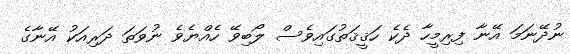
ނުދޭނަމަ އޭނާ ފިރިމީހާ ދެކެ ހަޤީޤަތުގައިވެސް ލޯބިވޭ ހެއްޔެވެ ނުވަތަ ދަރިއަކު އޭނާގެ